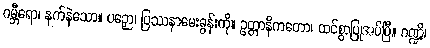
ဂမ္ဘီရော၊ နက်နဲသော။ ပဉှော၊ ပြဿနာမေးခွန်းကို။ ဥတ္တာနိကတော၊ ထင်စွာပြုအပ်ပြီ။ ဂဏ္ဍိ၊